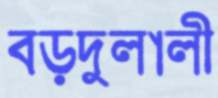
বড়দুলালী